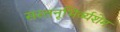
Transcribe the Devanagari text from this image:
सस्तनूभिर्व्यशेम